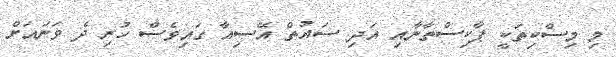
މި މިސްކިތަކީ ޕާކިސްތާނާއި އަދި ސައުތް އޭސިއާ ގައިވެސް ހުރި ދެ ވަނައަށް